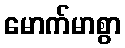
မောက်မာစွာ